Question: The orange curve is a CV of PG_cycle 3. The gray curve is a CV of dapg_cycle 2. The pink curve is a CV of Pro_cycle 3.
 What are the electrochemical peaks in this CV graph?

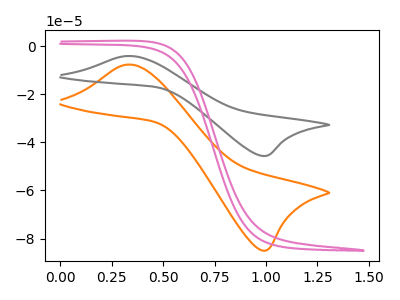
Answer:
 <answer>The orange curve "PG_cycle 3" has an anodic peak at (0.35V, -7.70uA) and a cathodic peak at (1.00V, -84.95uA). The gray curve "dapg_cycle 2" has an anodic peak at (0.35V, -4.15uA) and a cathodic peak at (1.00V, -45.65uA). The pink curve "Pro_cycle 3" has no peaks.</answer>
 <eval></eval>